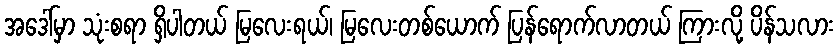
အဒေါ်မှာ သုံးစရာ ရှိပါတယ် မြလေးရယ်၊ မြလေးတစ်ယောက် ပြန်ရောက်လာတယ် ကြားလို့ ပိန်သလား